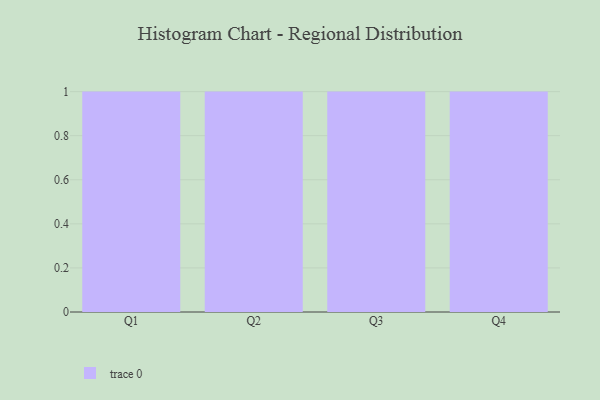
{"axis": {"x": "Quarter", "y": "Headcount"}, "legend": [""], "data": [{"x": "Q1", "y": 27, "type": ""}, {"x": "Q2", "y": 22, "type": ""}, {"x": "Q3", "y": 94, "type": ""}, {"x": "Q4", "y": 3, "type": ""}]}